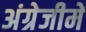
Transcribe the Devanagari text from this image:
अंग्रेजीमें